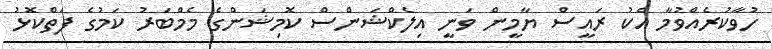
ހުވާކުރެއްވުމާ އެކު ރައީސް ޔާމީން ވަނީ އިލެކްޝަންސް ކޮމިޝަންގެ މެމްބަރު ކަމުގެ ފަތްކޮޅު